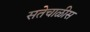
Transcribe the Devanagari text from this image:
सतेचाळीस